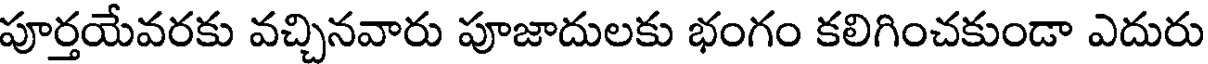
పూర్తయేవరకు వచ్చినవారు పూజాదులకు భంగం కలిగించకుండా ఎదురు